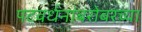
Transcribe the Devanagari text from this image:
पटवर्धनांबरोबरच्या